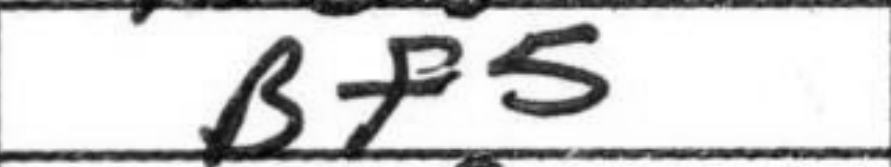
Transcription: Bf5